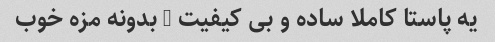
یه پاستا کاملا ساده و بی کیفیت … بدونه مزه خوب